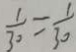
\frac { 1 } { 3 0 } = \frac { 1 } { 3 0 }